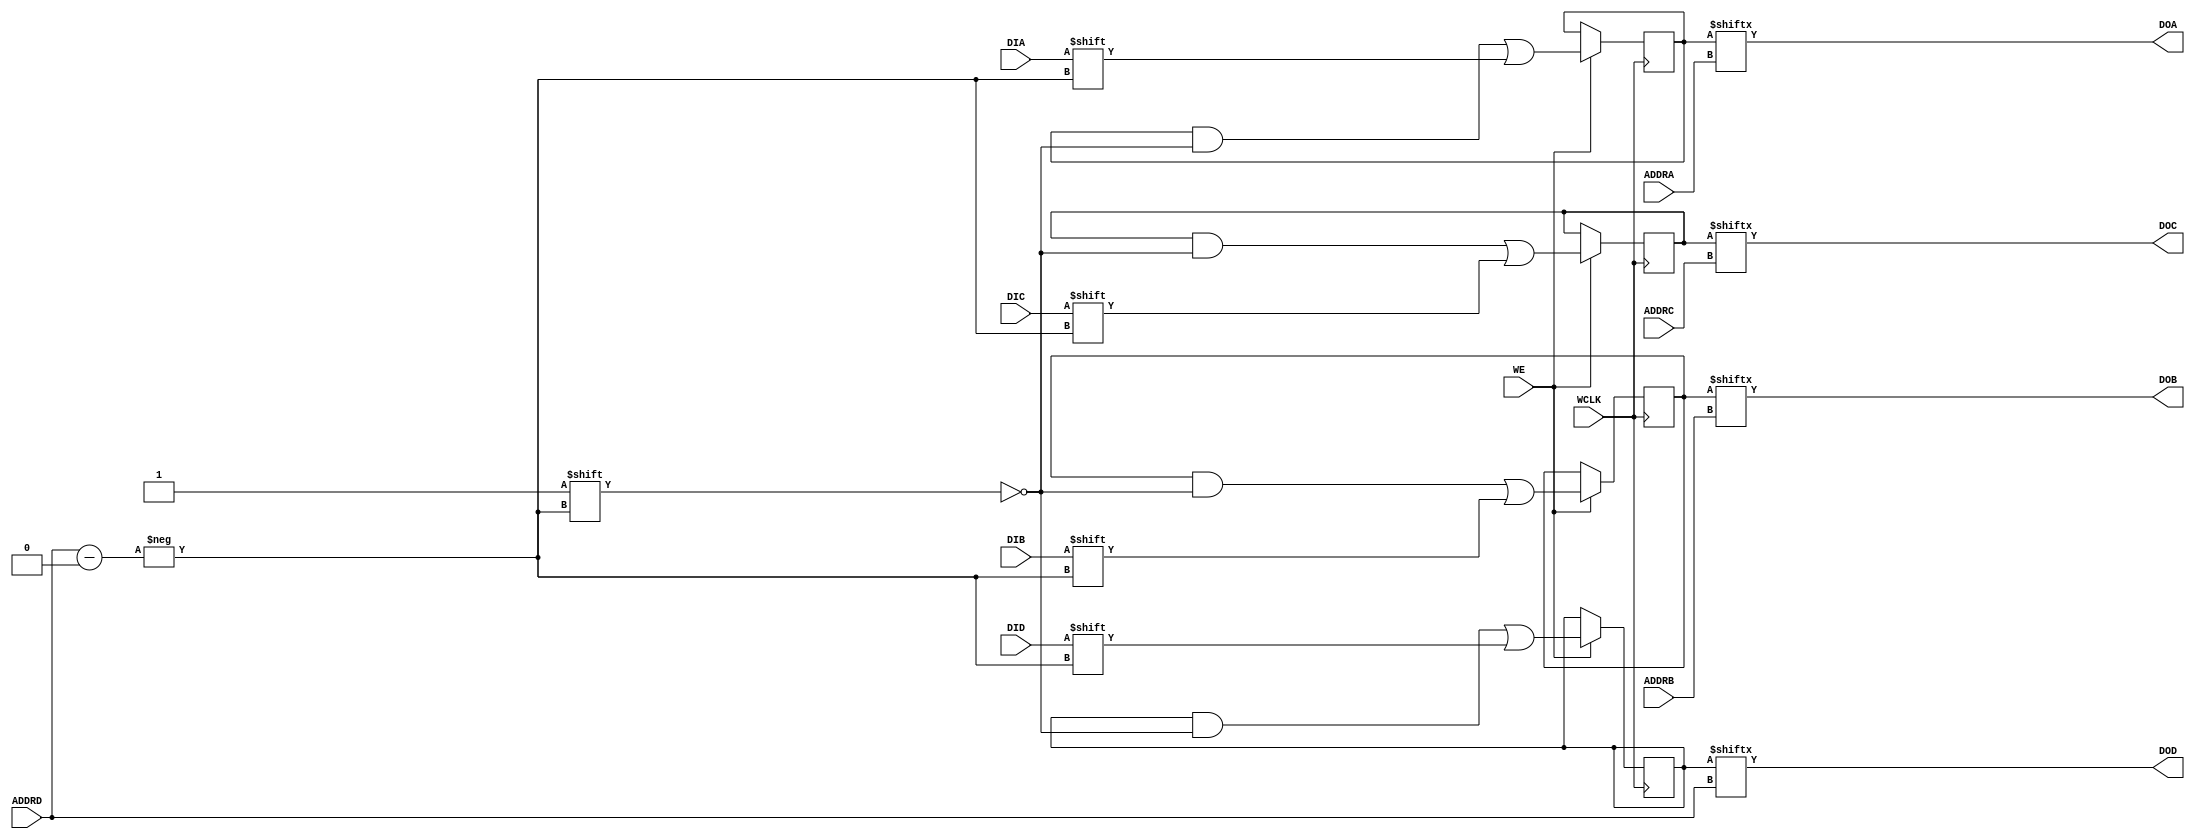
// $Header: /devl/xcs/repo/env/Databases/CAEInterfaces/verunilibs/data/rainier/RAM64M.v,v 1.5 2010/01/14 00:42:01 yanx Exp $
///////////////////////////////////////////////////////////////////////////////
// Copyright (c) 1995/2004 Xilinx, Inc.
// All Right Reserved.
///////////////////////////////////////////////////////////////////////////////
//   ____  ____
//  /   /\/   /
// /___/  \  /    Vendor : Xilinx
// \   \   \/     Version : 10.1
//  \   \         Description : Xilinx Function Simulation Library Component
//  /   /                 64-Deep by 4-bit Wide Multi Port RAM 
// /___/   /\     Filename : RAM64M.v
// \   \  /  \    Timestamp : 
//  \___\/\___\
//
// Revision:
//    03/21/06 - Initial version.
//    01/13/10 - Remove notifier block (CR544157)
// End Revision

`timescale 1 ps/1 ps

module RAM64M (DOA, DOB, DOC, DOD, ADDRA, ADDRB, ADDRC, ADDRD, DIA, DIB, DIC, DID, WCLK, WE);

  parameter  INIT_A = 64'h0000000000000000;
  parameter  INIT_B = 64'h0000000000000000;
  parameter  INIT_C = 64'h0000000000000000;
  parameter  INIT_D = 64'h0000000000000000;

  output  DOA;
  output  DOB;
  output  DOC;
  output  DOD;
  input [5:0] ADDRA;
  input [5:0] ADDRB;
  input [5:0] ADDRC;
  input [5:0] ADDRD;
  input  DIA;
  input  DIB;
  input  DIC;
  input  DID;
  input WCLK;
  input WE;

  reg [63:0] mem_a, mem_b, mem_c, mem_d;

  initial begin
    mem_a = INIT_A;
    mem_b = INIT_B;
    mem_c = INIT_C;
    mem_d = INIT_D;
  end

  always @(posedge WCLK)
    if (WE) begin
      mem_a[ADDRD] <= #100 DIA;
      mem_b[ADDRD] <= #100 DIB;
      mem_c[ADDRD] <= #100 DIC;
      mem_d[ADDRD] <= #100 DID;
  end

   assign  DOA = mem_a[ADDRA];
   assign  DOB = mem_b[ADDRB];
   assign  DOC = mem_c[ADDRC];
   assign  DOD = mem_d[ADDRD];

endmodule